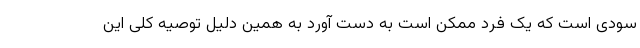
سودی است که یک فرد ممکن است به دست آورد به همین دلیل توصیه کلی این